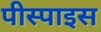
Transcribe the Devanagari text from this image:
पीस्पाइस